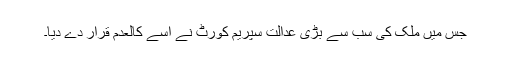
جس میں ملک کی سب سے بڑی عدالت سپریم کورٹ نے اسے کالعدم قرار دے دیا۔